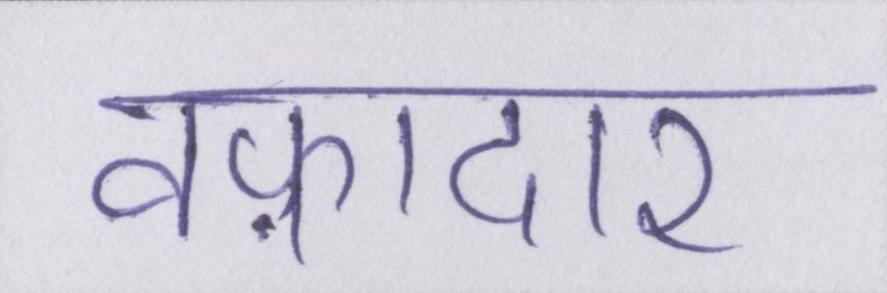
वफ़ादार